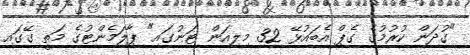
"ގުދަން ކުރުމުގެ ގެޕް އެބައުޅޭ 32 މިލިއަން ޓަނުގައި" ޕާލަމެންޓުގެ މަތީ ގޭގައި